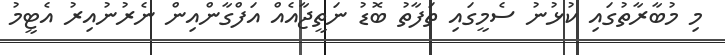
މި މުބާރާތުގައި ކުޅުނު ސެމީގައި ތަފާތު ބޮޑު ނަތީޖާއެއް އަފްގާންއިން ނެރުނުއިރު އެޓީމު